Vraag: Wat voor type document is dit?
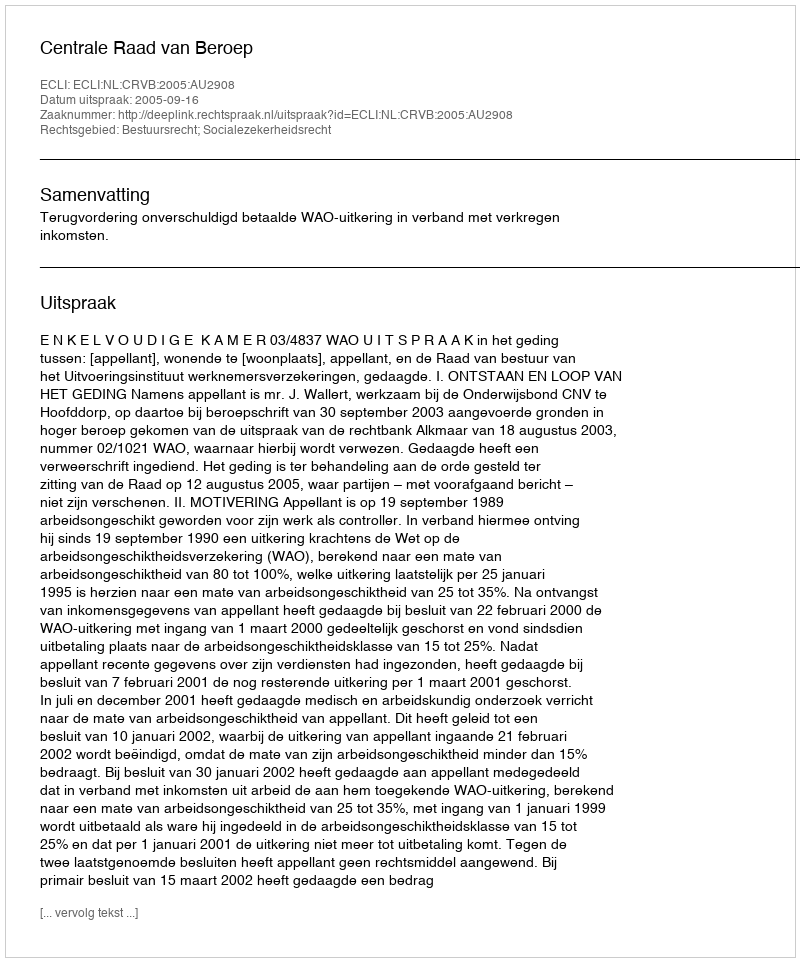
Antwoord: Uitspraak